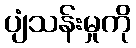
ပျံသန်းမှုကို